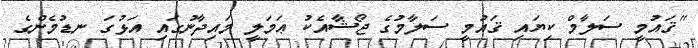
"ޤައުމީ ސަލާމް ކިޔައި ޤައުމީ ސަލާމުގެ ޖޯޝާއެކު ޢަމަލީ މައިދާނުގައި އަޅުގަ ނޑުމެންގެ